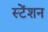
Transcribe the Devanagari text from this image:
स्टेंशन